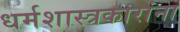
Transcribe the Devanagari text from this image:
धर्मशास्त्रकारांना